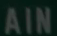
AIN